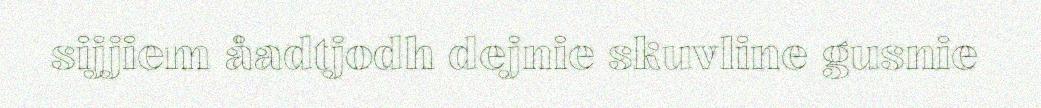
sijjiem åadtjodh dejnie skuvline gusnie